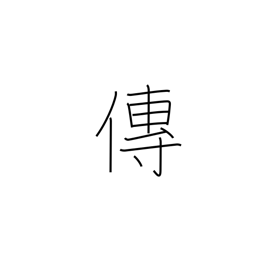
Meaning: transmit